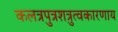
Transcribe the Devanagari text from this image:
कलत्रपुत्रशत्रुत्वकारणाय